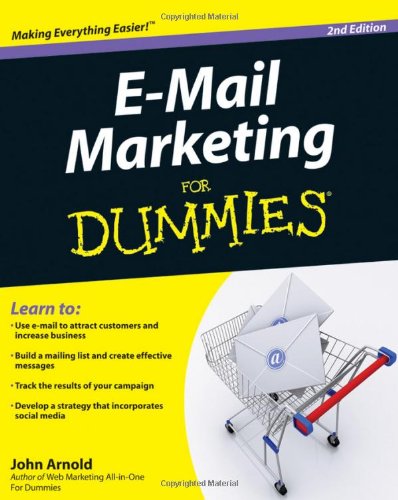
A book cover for E-Mail Marketing For Dummies; Arnold; Computers & Technology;